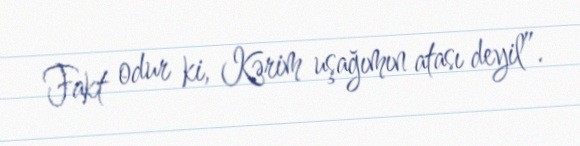
Fakt odur ki, Kərim uşağımın atası deyil”.